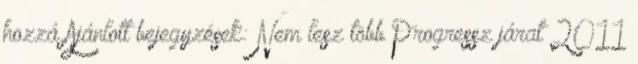
hozzá Ajánlott bejegyzések: Nem lesz több Progressz járat 2011